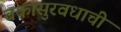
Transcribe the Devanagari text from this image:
बकासुरवधाची